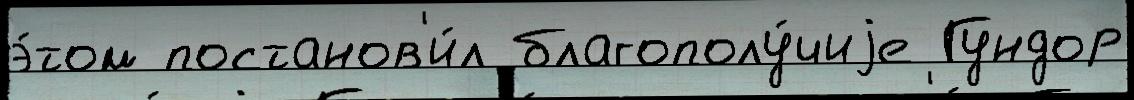
э́том постанов'и́л благополу́чиjе Гундор